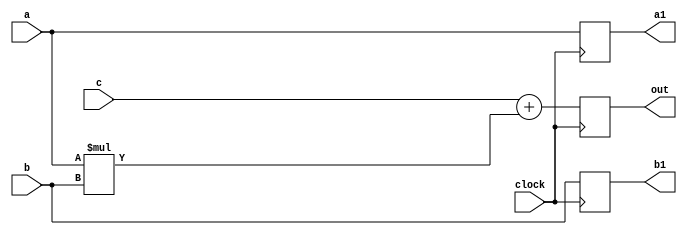


//Implementation of the processing element

module PE(a,b,c,a1,b1,out,clock);

parameter n = 31;

input [n:0] a,b,c; 
output  [n:0] a1,b1;
input clock;

output [n:0] out;
reg [n:0] a1,b1;
reg [n:0] out;

function [n:0] func(input [n:0] a,b,c);
    begin
        func = c+a*b;
    end
endfunction

// For this model the functionality of the PE is not changed with the change in data type.
// a, b is passed through PE as a regester and another output c+a*b is calculated for each clock cycle.

//For programming it on FPGA. It is preferred to use posedge clock as the FPGA has only either posedge clock triggered Flipflops or negedge triggered Flipflops.
// If clock is used while synthesis in FPGA IT cannot allocate any FLIPFlops to the PE's and data flow in the systolic array observed is not same as expected.  

always @(posedge clock)
begin
	a1 <= a;
	b1 <= b;
//	out <= c+a*b;
    out <= func(a,b,c);
end

endmodule